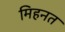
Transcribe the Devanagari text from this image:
मिहनत